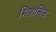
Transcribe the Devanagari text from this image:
मियासिस